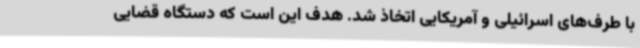
با طرف‌های اسرائیلی و آمریکایی اتخاذ شد. هدف این است که دستگاه قضایی